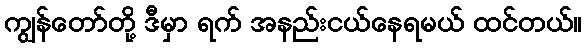
ကျွန်တော်တို့ ဒီမှာ ရက် အနည်းငယ်နေရမယ် ထင်တယ်။